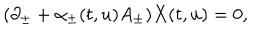
LaTeX: ( \partial _ { \pm } + \alpha _ { \pm } ( t , u ) A _ { \pm } ) X ( t , u ) = 0 ,